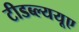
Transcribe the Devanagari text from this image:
टीडब्ल्ययूए